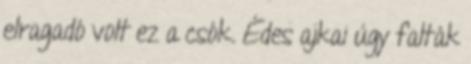
elragadó volt ez a csók. Édes ajkai úgy falták